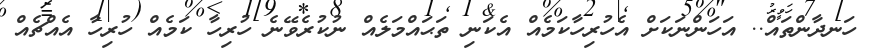
ހަނދާންތައް.. އަހަންނަކަށް އެހުރިހާކަމެއް އެކަނި ތަޙައްމަލެއް ނުކުރެވޭނެ ހުރިހާ ކަމެއް ހުރިހާ އެއްޗެއް